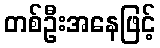
တစ်ဦးအနေဖြင့်